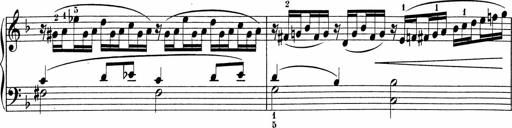
Title: 5 Sonatinen fÃ¼r die Jugend
Composer: Carl Reinecke